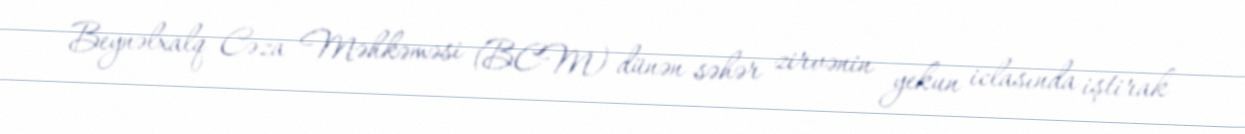
Beynəlxalq Cəza Məhkəməsi (BCM) dünən səhər zirvənin yekun iclasında iştirak